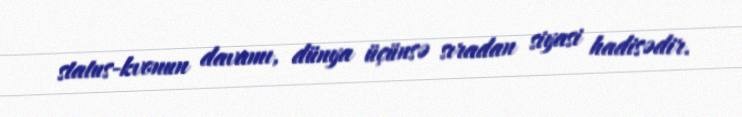
status-kvonun davamı, dünya üçünsə sıradan siyasi hadisədir.